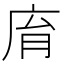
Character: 𢈋